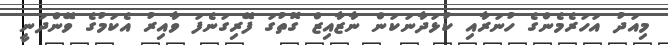
މިއަަދު އަހަރެމެންގެ ހުނަރާއި ކުޅަދާނަކަން ނާޒާއިޒް ގޮތުގަ ފޭރިގަަނެފަ ވާއިރު އެކަމުގެ ވޭންދަނީ